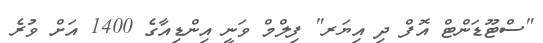
"ސްޓޫޑަންޓް އޮފް ދި އިޔަރ" ފިލްމް ވަނީ އިންޑިއާގެ 1400 އަށް ވުރެ